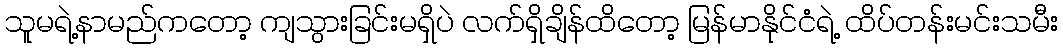
သူမရဲ့နာမည်ကတော့ ကျသွားခြင်းမရှိပဲ လက်ရှိချိန်ထိတော့ မြန်မာနိုင်ငံရဲ့ ထိပ်တန်းမင်းသမီး